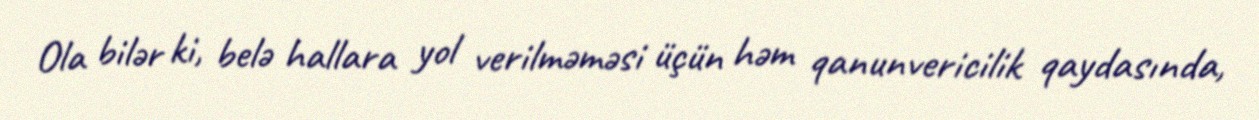
Ola bilər ki, belə hallara yol verilməməsi üçün həm qanunvericilik qaydasında,